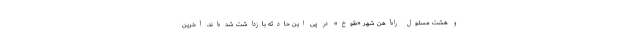
و هشت مسئول راه‌آهن شهر «طوخ» در پی این حادثه بازداشت شده‌اند. آخرین